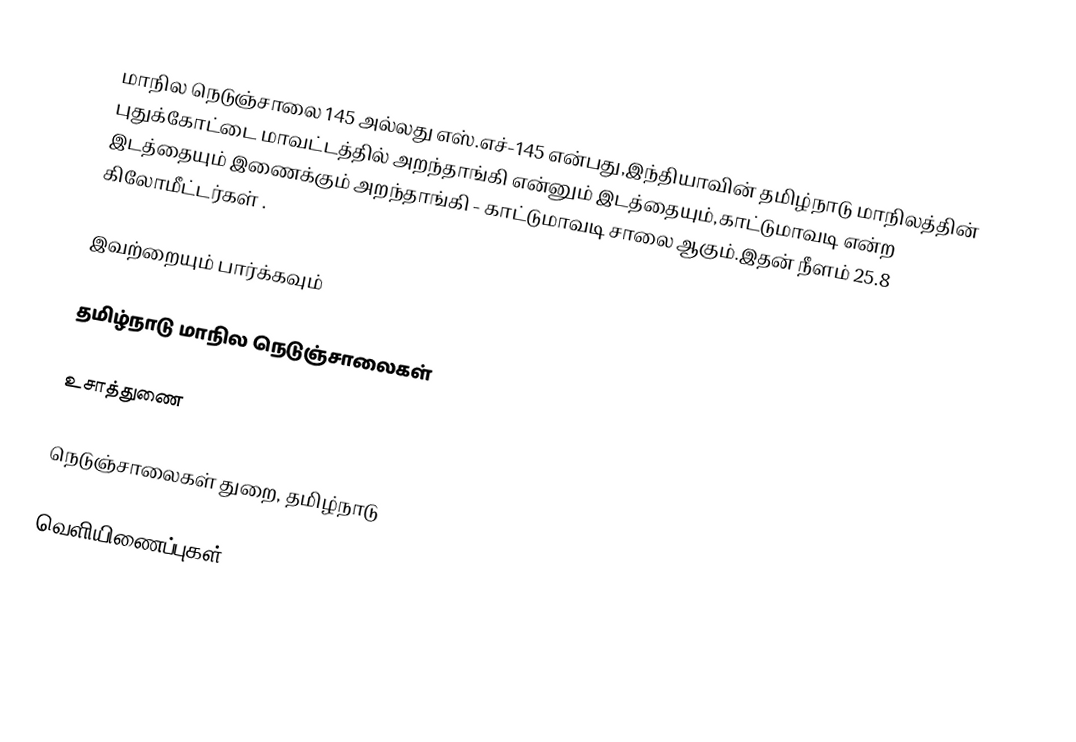
மாநில நெடுஞ்சாலை 145 அல்லது எஸ்.எச்-145  என்பது,இந்தியாவின் தமிழ்நாடு மாநிலத்தின்  புதுக்கோட்டை மாவட்டத்தில்  அறந்தாங்கி  என்னும் இடத்தையும்,காட்டுமாவடி  என்ற இடத்தையும் இணைக்கும் அறந்தாங்கி - காட்டுமாவடி சாலை ஆகும்.இதன் நீளம் 25.8  கிலோமீட்டர்கள் .

இவற்றையும் பார்க்கவும்

 தமிழ்நாடு மாநில நெடுஞ்சாலைகள்

உசாத்துணை

 நெடுஞ்சாலைகள் துறை, தமிழ்நாடு

வெளியிணைப்புகள்